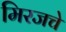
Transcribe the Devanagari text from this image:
मिरजचे